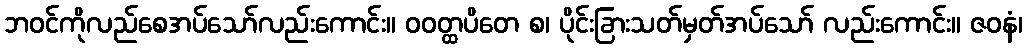
ဘဝင်ကိုလည်စေအပ်သော်လည်းကောင်း။ ဝဝတ္ထပိတေ စ၊ ပိုင်းခြားသတ်မှတ်အပ်သော် လည်းကောင်း။ ဇဝနံ၊